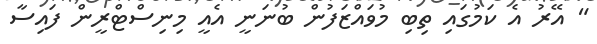
" އޭރު އެ ކަމުގައި ތިބި މުވައްޒަފުން ބުނަނީ އެއީ މިނިސްޓްރީން ފައިސާ